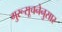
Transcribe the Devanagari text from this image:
गुरूसूचनेनुसार